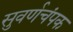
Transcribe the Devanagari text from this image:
सुवर्णचंपक